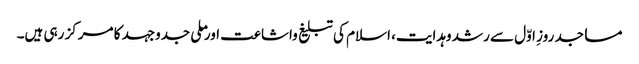
مساجد روزِ اوّل سے رشد وہدایت، اسلام کی تبلیغ واشاعت اور ملی جدوجہد کا مرکز رہی ہیں۔